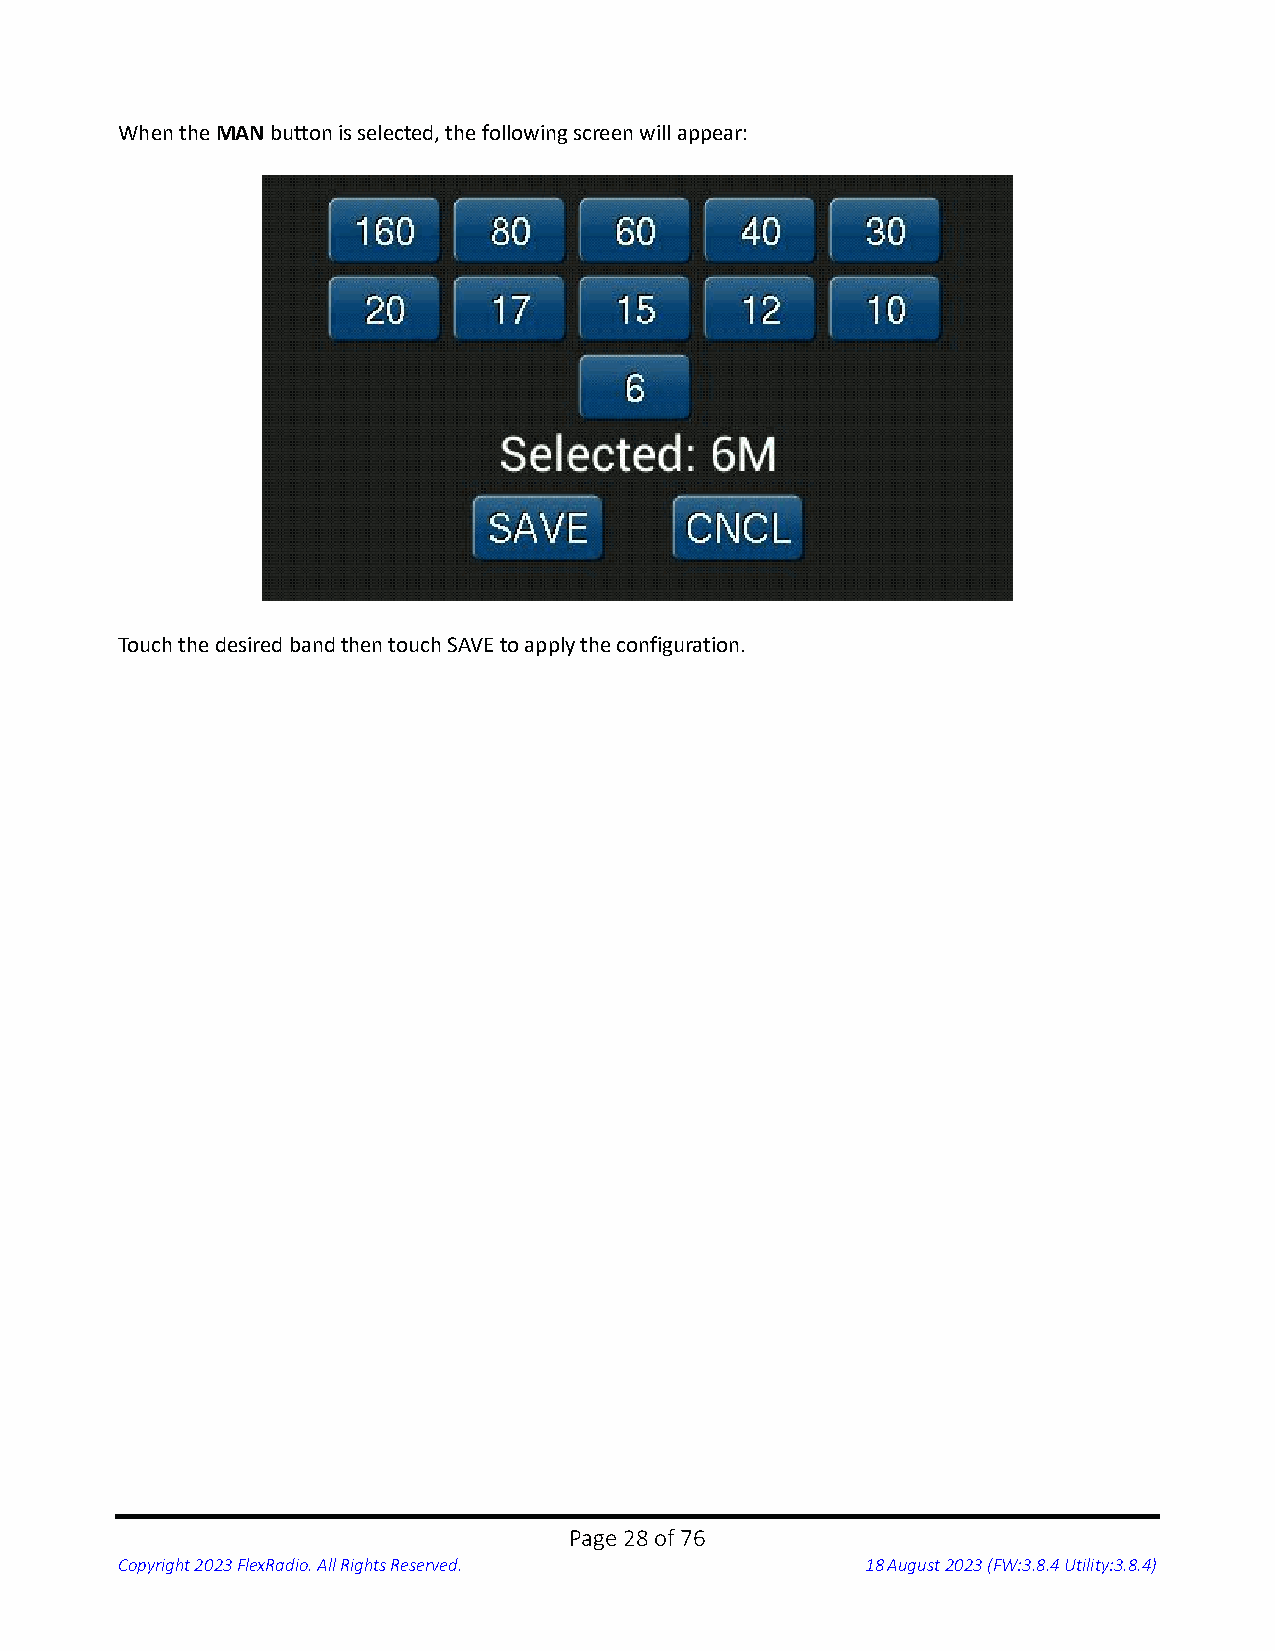
When the MAN button is selected, the following screen will appear:
 Touch the desired band then touch SAVE to apply the configuration.
 Page 28 of 76
 Copyright 2023 FlexRadio. All Rights Reserved.   18 August 2023 (FW:3.8.4 Utility:3.8.4)